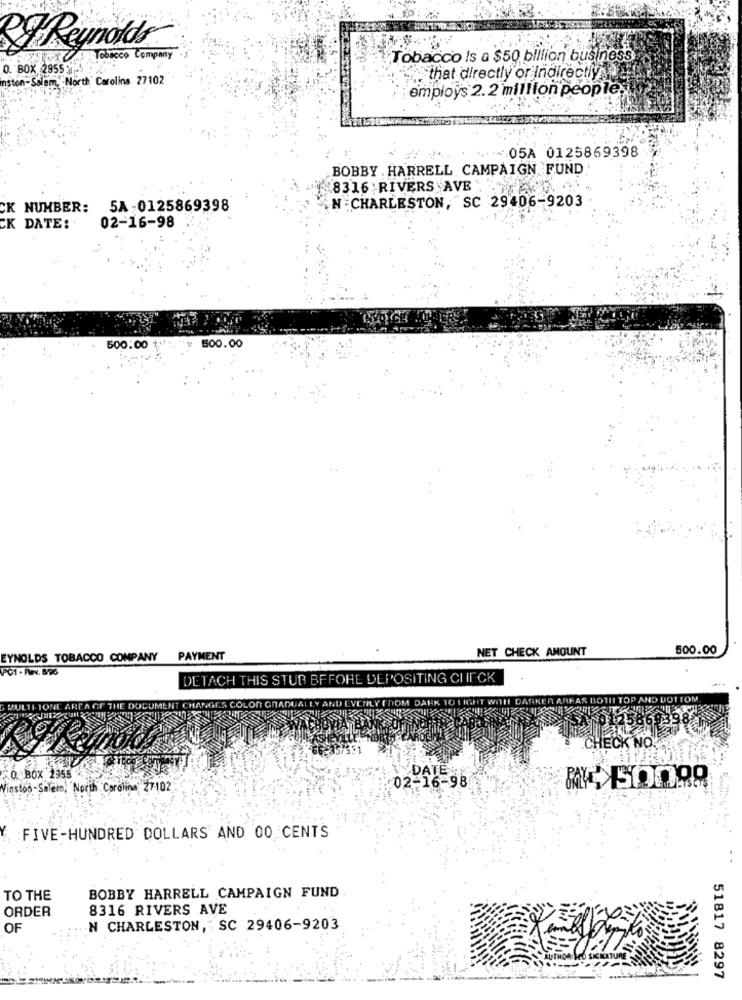
Reynolds
Tobacco Company
Tobacco Is a $50 billion business
0. BOX 2955
inston-Salem, North Carolina 27102
that directly or indirectly
employs 2.2 million people,
:05A 0125869398
BOBBY . HARRELL CAMPAIGN FUND
8316 RIVERS AVE .
N . CHARLESTON, SC 29406-9203
CK NUMBER: 5A-0125869398
CK DATE:
02-16-98
500:00
500.00
NET CHECK AMOUNT
500.00
EYNOLDS TOBACCO COMPANY PAYMENT
PC1 - Rev. 8/96
DETACH THIS STUB BEFORE DEPOSITING CHECK
DOTI
BOTTOM
CHECK NO.
O. BOX 2355
DATE
instod-Salein, North Carolina 27102
02-16-98
: FIVE-HUNDRED DOLLARS AND 00 CENTS
TO THE
BOBBY HARRELL CAMPAIGN FUND
ORDER
8316 RIVERS AVE
OF
N CHARLESTON, SC 29406-9203
51817 8297